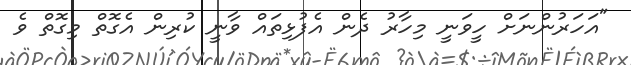
"އަހަރުންނަށް ހީވަނީ މިހާރު ދެން އެފުޅިތައް ވާނީ ކުރިން އެގޮތް މިގޮތް ވެ